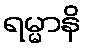
ရမ္မာနိ